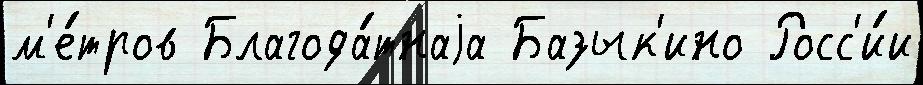
м'е́тров Благода́тнаjа Базык'ино Росс'и́и